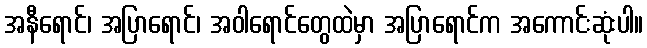
အနီရောင်၊ အပြာရောင်၊ အဝါရောင်တွေထဲမှာ အပြာရောင်က အကောင်းဆုံးပါ။